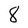
Character: 8